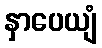
နှာပေယျံ